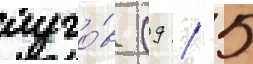
луго́в (9 / 5